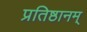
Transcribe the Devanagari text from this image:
प्रतिष्ठानम्